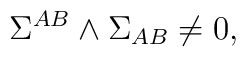
\Sigma ^{AB} \wedge \Sigma _{AB} \not = 0, \label d